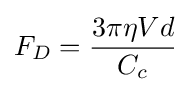
F_{D}={\frac {3\pi \eta Vd}{C_{c}}}